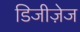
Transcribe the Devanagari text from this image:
डिजीज़ेज